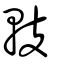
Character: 䡋